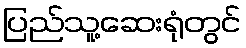
ပြည်သူ့ဆေးရုံတွင်